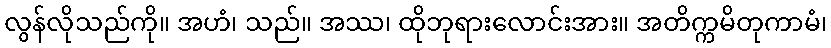
လွန်လိုသည်ကို။ အဟံ၊ သည်။ အဿ၊ ထိုဘုရားလောင်းအား။ အတိက္ကမိတုကာမံ၊